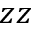
z z